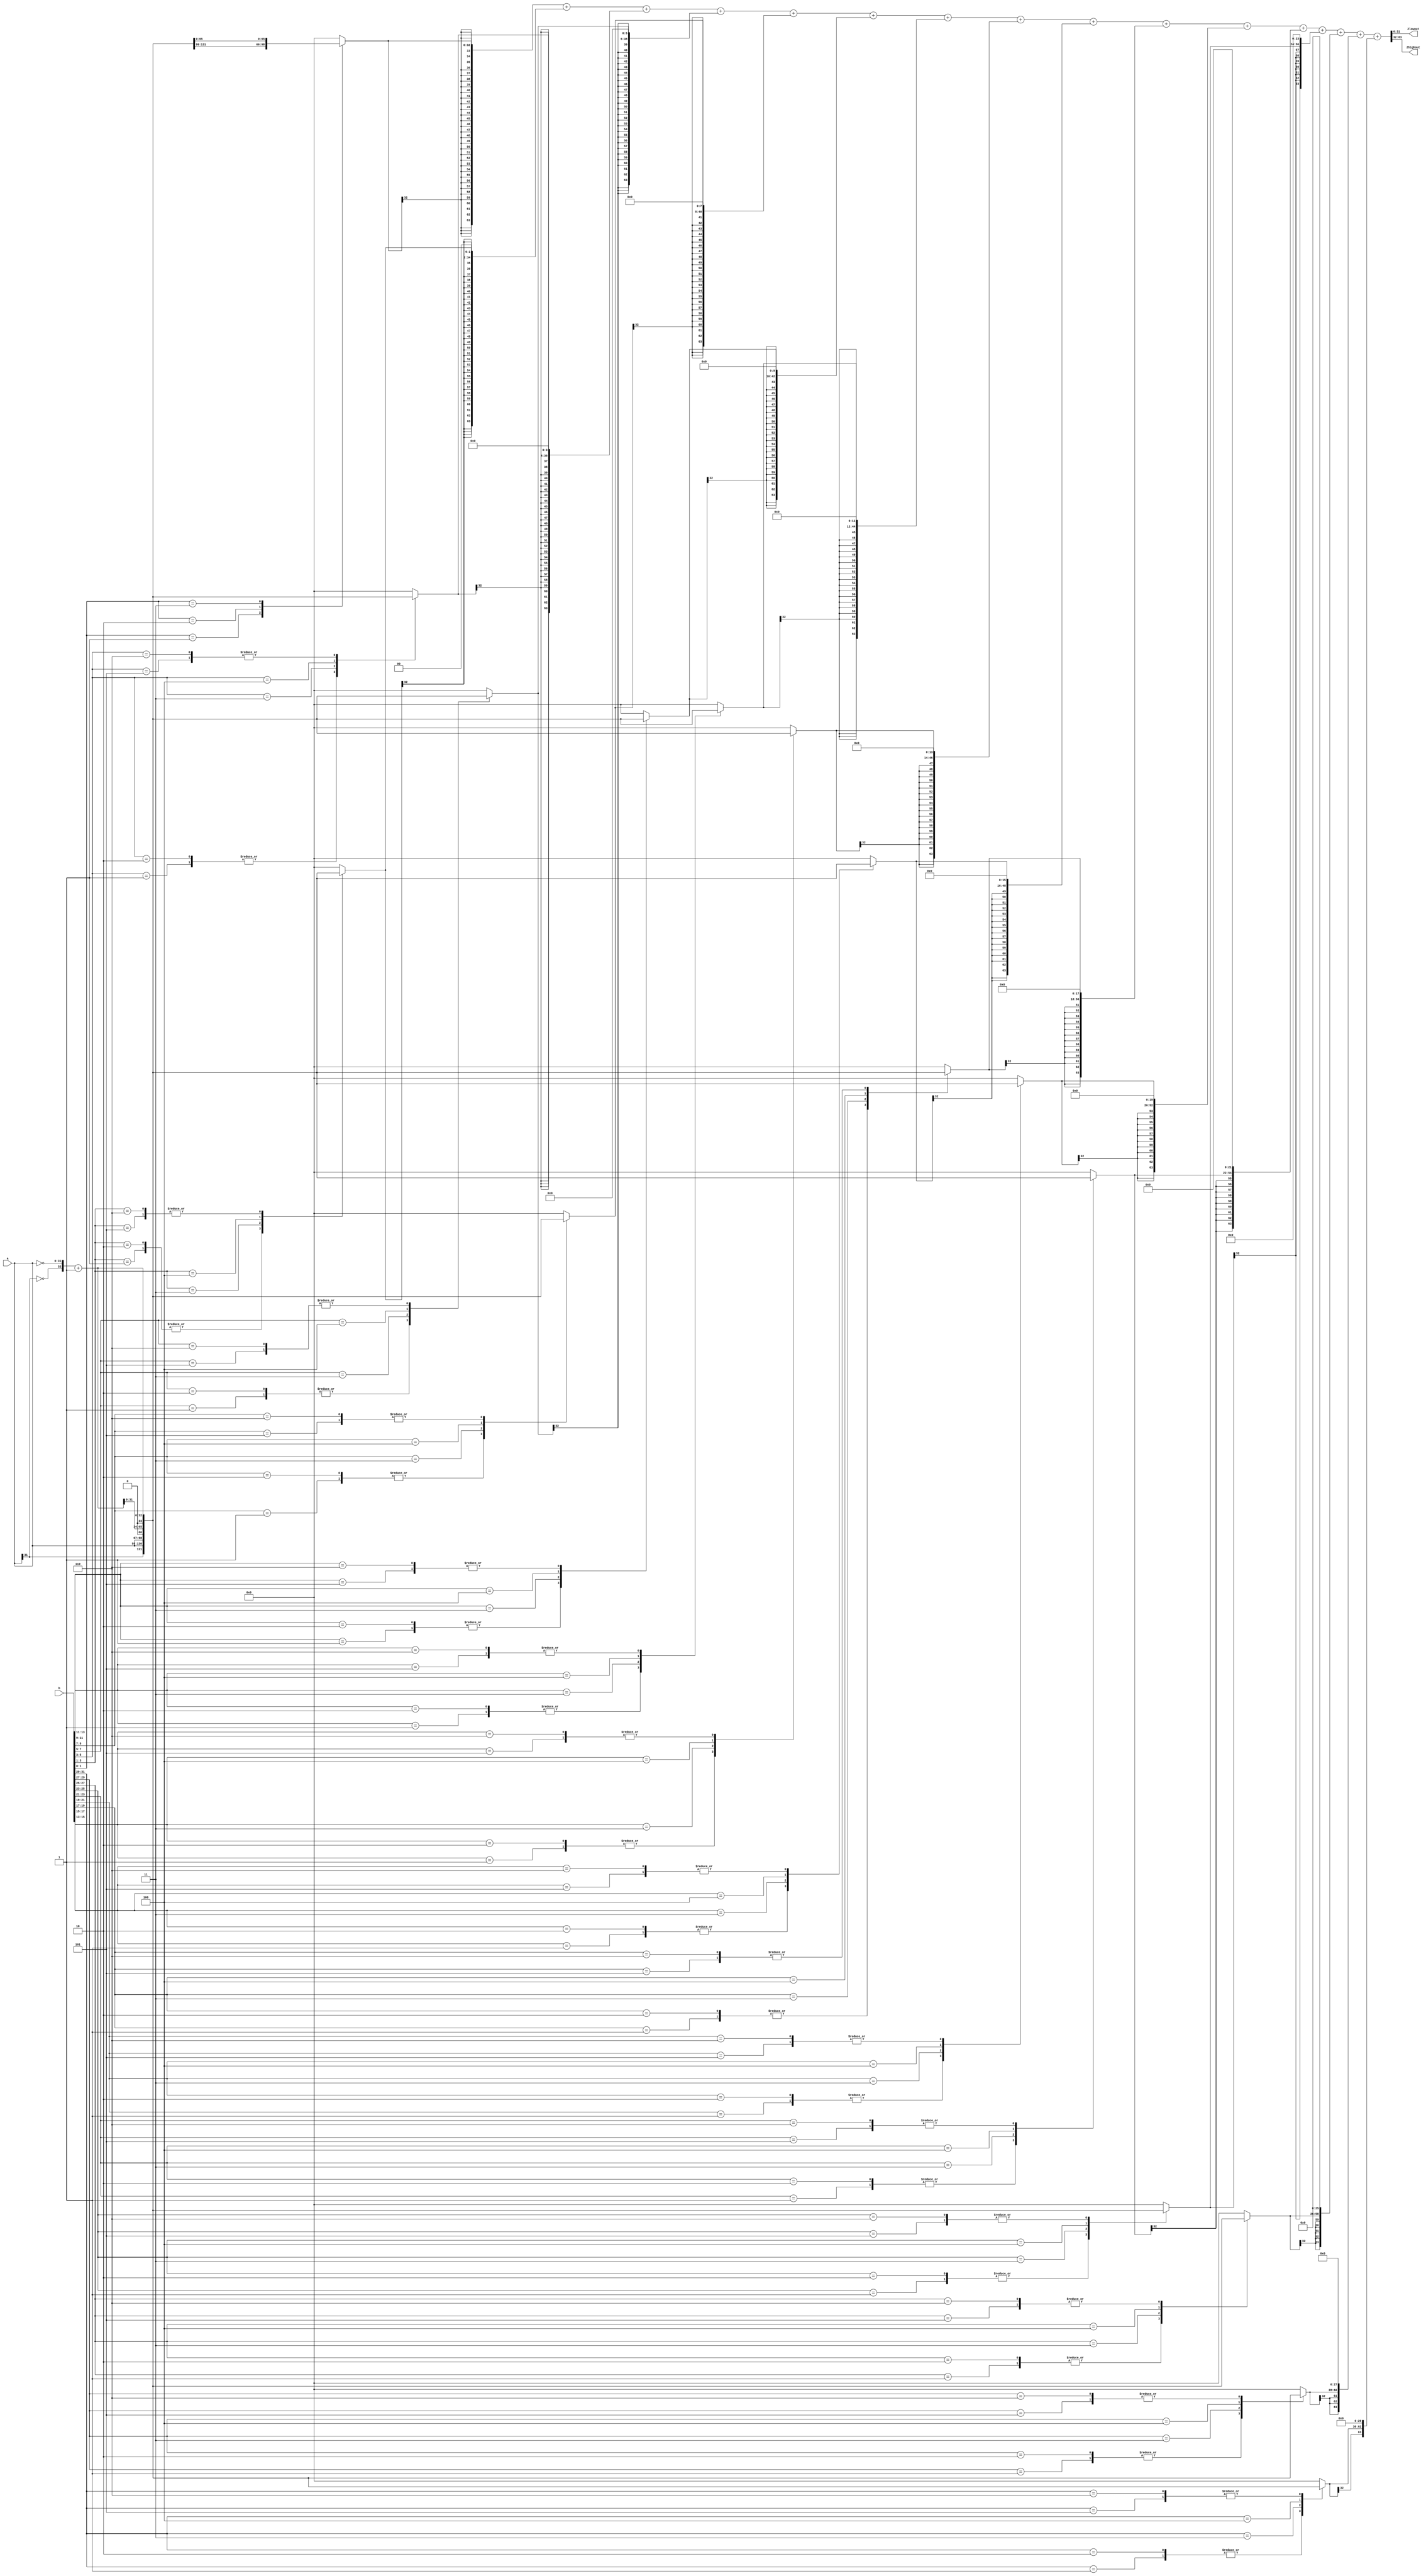
module booth(input signed [31:0] a, b, output[31:0] Zlowout, Zhighout); 

reg [2:0] cc[(32 / 2) - 1:0]; 

reg [32:0] pp[(32 / 2) - 1:0]; 

reg[32*2-1:0] spp[(32 / 2) - 1:0]; 

 

reg [32*2-1:0] product; 

 

integer j,i; 

 

wire [32:0] inv_a; 

assign inv_a = {~a[31], ~a} +1; 

 

always @ (a or b or inv_a)  

begin 

cc[0] = {b[1], b[0], 1'b0}; 

 

for (j=1; j < (32/2); j = j+1) 

cc[j] = {b[2*j+1], b[2*j], b[2*j-1]}; 

 

for (j=0; j < (32/2); j = j+1)  

begin	 

case(cc[j]) 

3'b001 : pp[j] = {a[32-1], a};  

3'b010 : pp[j] = {a[32-1], a}; 

3'b011 : pp[j] = {a, 1'b0}; 

3'b100 : pp[j] = {inv_a[32-1:0], 1'b0}; 

3'b101 : pp[j] = inv_a;  

3'b110 : pp[j] = inv_a; 

default : pp[j] = 0; 

endcase 

spp[j] = $signed(pp[j]); 

 

for (i=0 ; i<j ; i = i + 1) 

spp[j] = {spp[j], 2'b00}; 

end 

 

product = spp[0]; 

 

for (j=1; j < (32/2); j = j+1) 

product = product + spp[j]; 

end 

assign Zlowout = product[31:0]; 

assign Zhighout = product[63:32];	 

endmodule